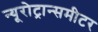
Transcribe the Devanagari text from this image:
न्यूरोट्रान्समीटर